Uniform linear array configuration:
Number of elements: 64
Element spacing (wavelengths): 0.25
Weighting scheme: hamming
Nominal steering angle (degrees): -30
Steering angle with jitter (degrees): -31.458
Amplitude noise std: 0.05
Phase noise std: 0.05

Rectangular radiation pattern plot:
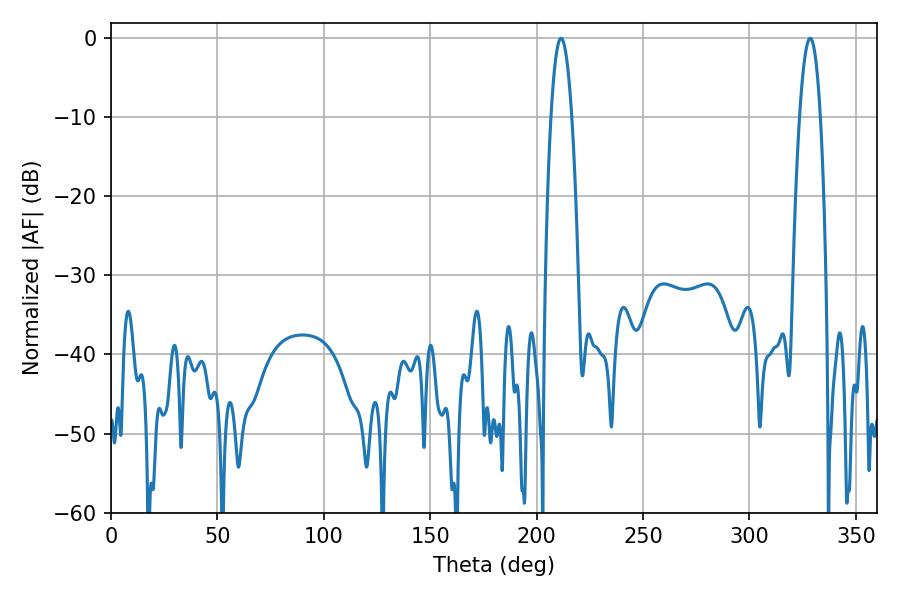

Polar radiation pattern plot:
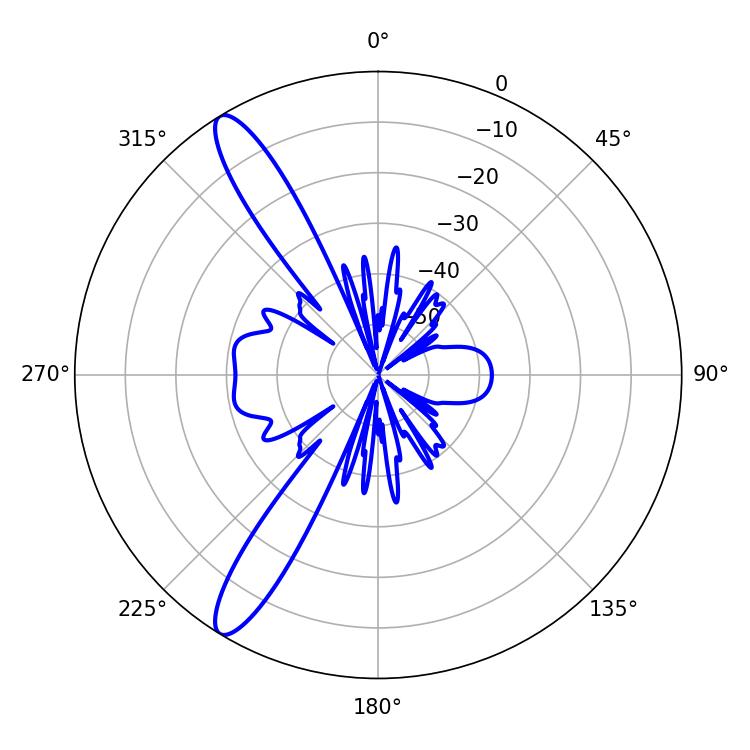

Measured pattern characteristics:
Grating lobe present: FALSE
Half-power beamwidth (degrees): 5.4
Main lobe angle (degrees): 211.5